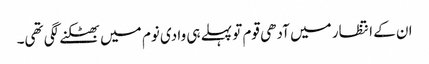
ان کے انتظار میں آدھی قوم تو پہلے ہی وادی نوم میں بھٹکنے لگی تھی۔